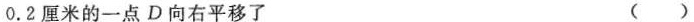
0.2厘米的一点D向右平移了 ()